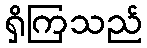
ရှိကြသည်